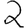
Digit: 2